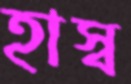
হাস্ব